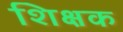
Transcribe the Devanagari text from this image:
शिक्षक